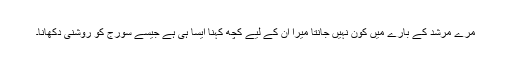
مرے مرشد کے بارے میں کون نہیں جانتا میرا ان کے لیے کچھ کہنا ایسا ہی ہے جیسے سورج کو روشنی دکھانا۔